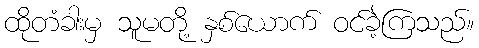
ထိုတံခါးမှ သူမတို့ နှစ်ယောက် ဝင်ခဲ့ကြသည်။